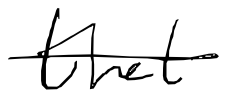
Text: that
Cross-out: single-line
Writing tool: digital_black